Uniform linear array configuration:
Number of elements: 64
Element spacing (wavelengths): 1
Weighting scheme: binomial
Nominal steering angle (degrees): -30
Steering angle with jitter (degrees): -28.096
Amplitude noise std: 0.05
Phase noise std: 0.05

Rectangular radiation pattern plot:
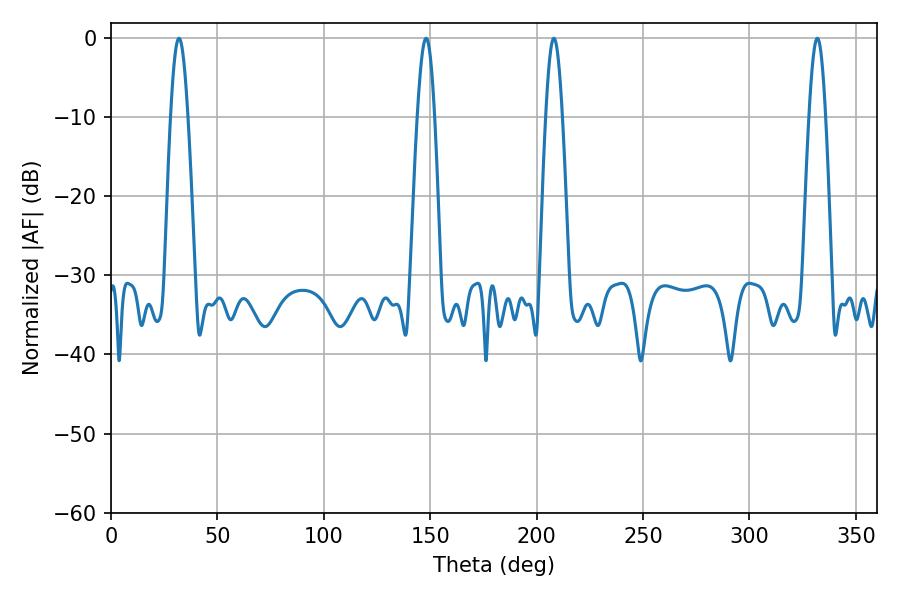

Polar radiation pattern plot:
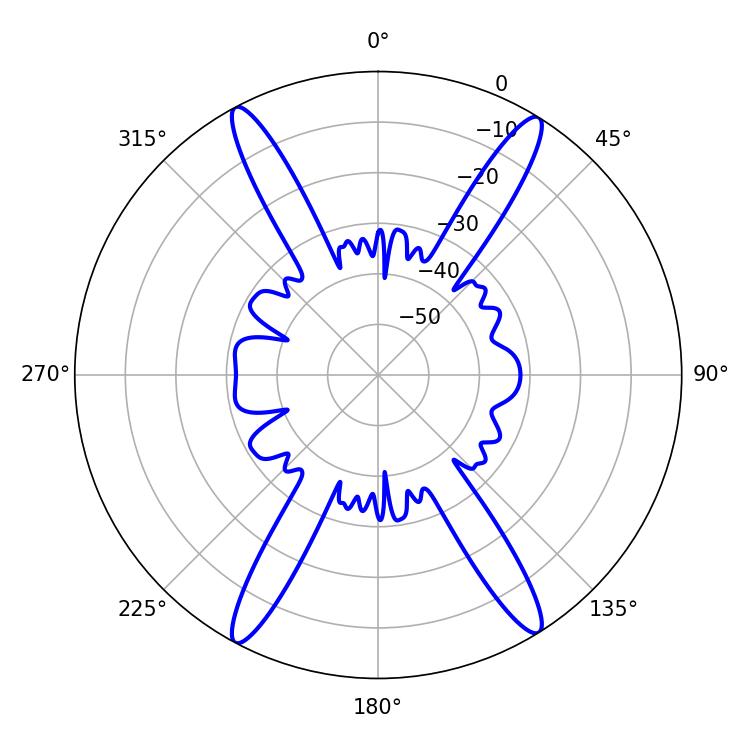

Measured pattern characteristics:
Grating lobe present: TRUE
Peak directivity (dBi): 21.984
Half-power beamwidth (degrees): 4.14
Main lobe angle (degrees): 208.08